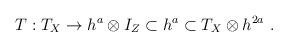
LaTeX: \begin{align*}T: T_{X} \to h^{a}\otimes I_{Z} \subset h^{a} \subset T_{X}\otimes h^{2a} \ .\end{align*}